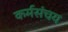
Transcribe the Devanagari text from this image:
कर्मसंचय